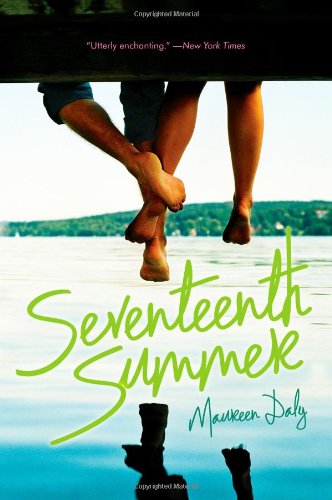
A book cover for Seventeenth Summer; Maureen Daly; Teen & Young Adult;